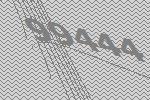
99444